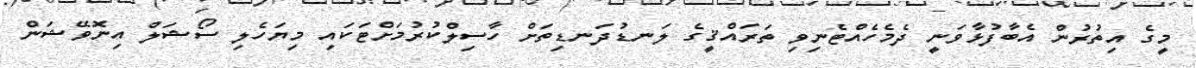
މީގެ އިތުރުން އެބާފުޅާވަނީ ދެމެހެއްޓެނިވި ތަރައްޤީގެ ލަނޑުދަނޑިތަށް ހާސިލްކުރުމަށްޓަކައި މިޔަހެލި ސޯޝަލް އިނޮވޭޝަން